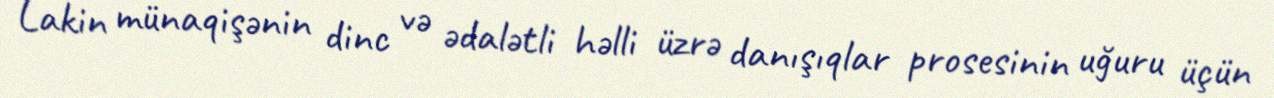
Lakin münaqişənin dinc və ədalətli həlli üzrə danışıqlar prosesinin uğuru üçün